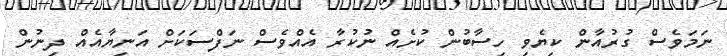
ނަމަވެސް ގުރުއާން ކިޔެވި ހިސާބުން ކުށެއް ނުކުރާ އެއްވެސް ނަފްސަކަށް އަނިޔާއެއް ދިނުން